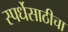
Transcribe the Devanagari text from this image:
स्पर्धेसाठीचा